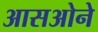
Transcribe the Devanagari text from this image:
आसओने